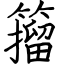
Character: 籀